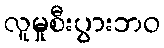
လူမှုစီးပွားဘဝ